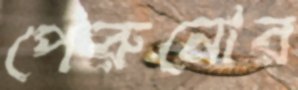
পেরুনোর